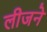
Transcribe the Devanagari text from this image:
लीजने